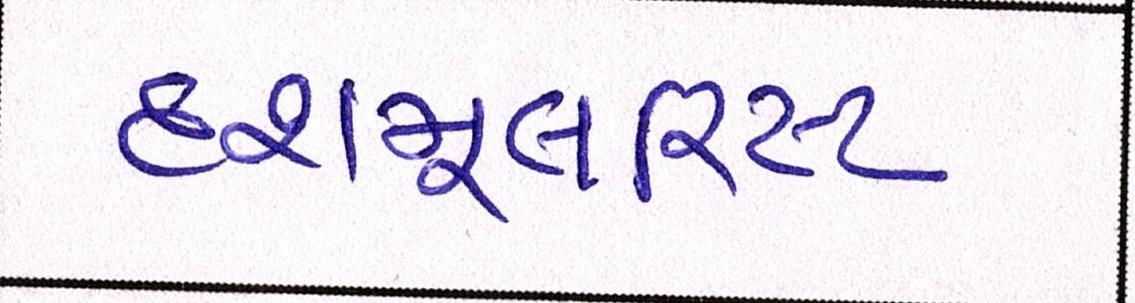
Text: દશમૂલારિષ્ટ